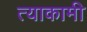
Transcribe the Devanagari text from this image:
त्याकामी